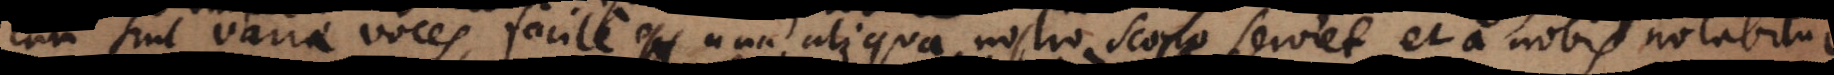
variae voces, facile una aliqua nostro scopo serviet, et a nobis notabitur,